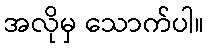
အလိုမှ သောက်ပါ။